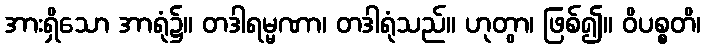
အားရှိသော အာရုံ၌။ တဒါရမ္မဏာ၊ တဒါရုံသည်။ ဟုတွာ၊ ဖြစ်၍။ ဝိပစ္စတိ၊